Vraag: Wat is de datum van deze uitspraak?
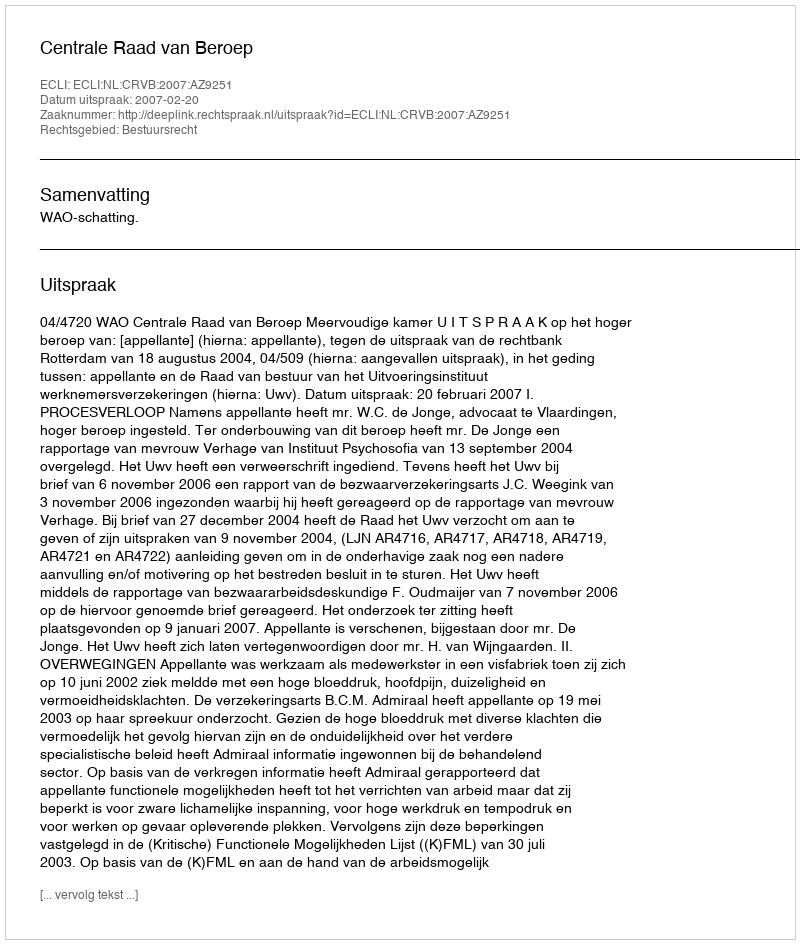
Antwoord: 2007-02-20